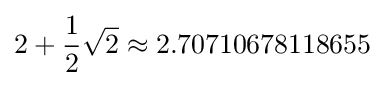
2+{\frac {1}{2}}{\sqrt {2}}\approx 2.70710678118655